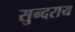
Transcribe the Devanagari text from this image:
सुन्दराय